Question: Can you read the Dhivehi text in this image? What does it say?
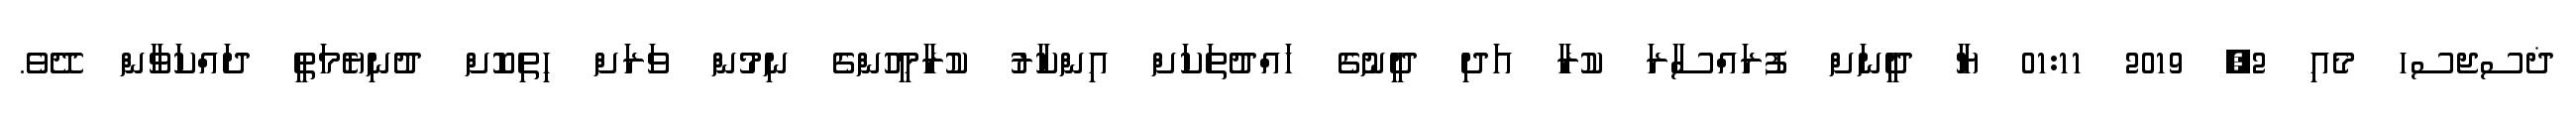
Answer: ޛސޖސހ މެއި 2, 2019 01:11 ޔާ ދީނަށް ފުރައްސާރަ ކުރާ އަދި ދީނުގެ ހައްދުތަކަށް އިންކާރު ކުރާމީހުންގެ ނިމުން ވަރަށް ހިތިކޮށް ދުނިޔެމަތީ ދައްކަވާން ދޭވެ.